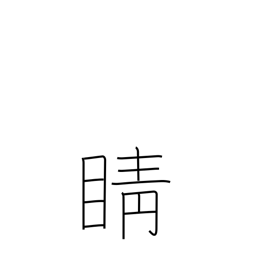
Meaning: pupil of the eye